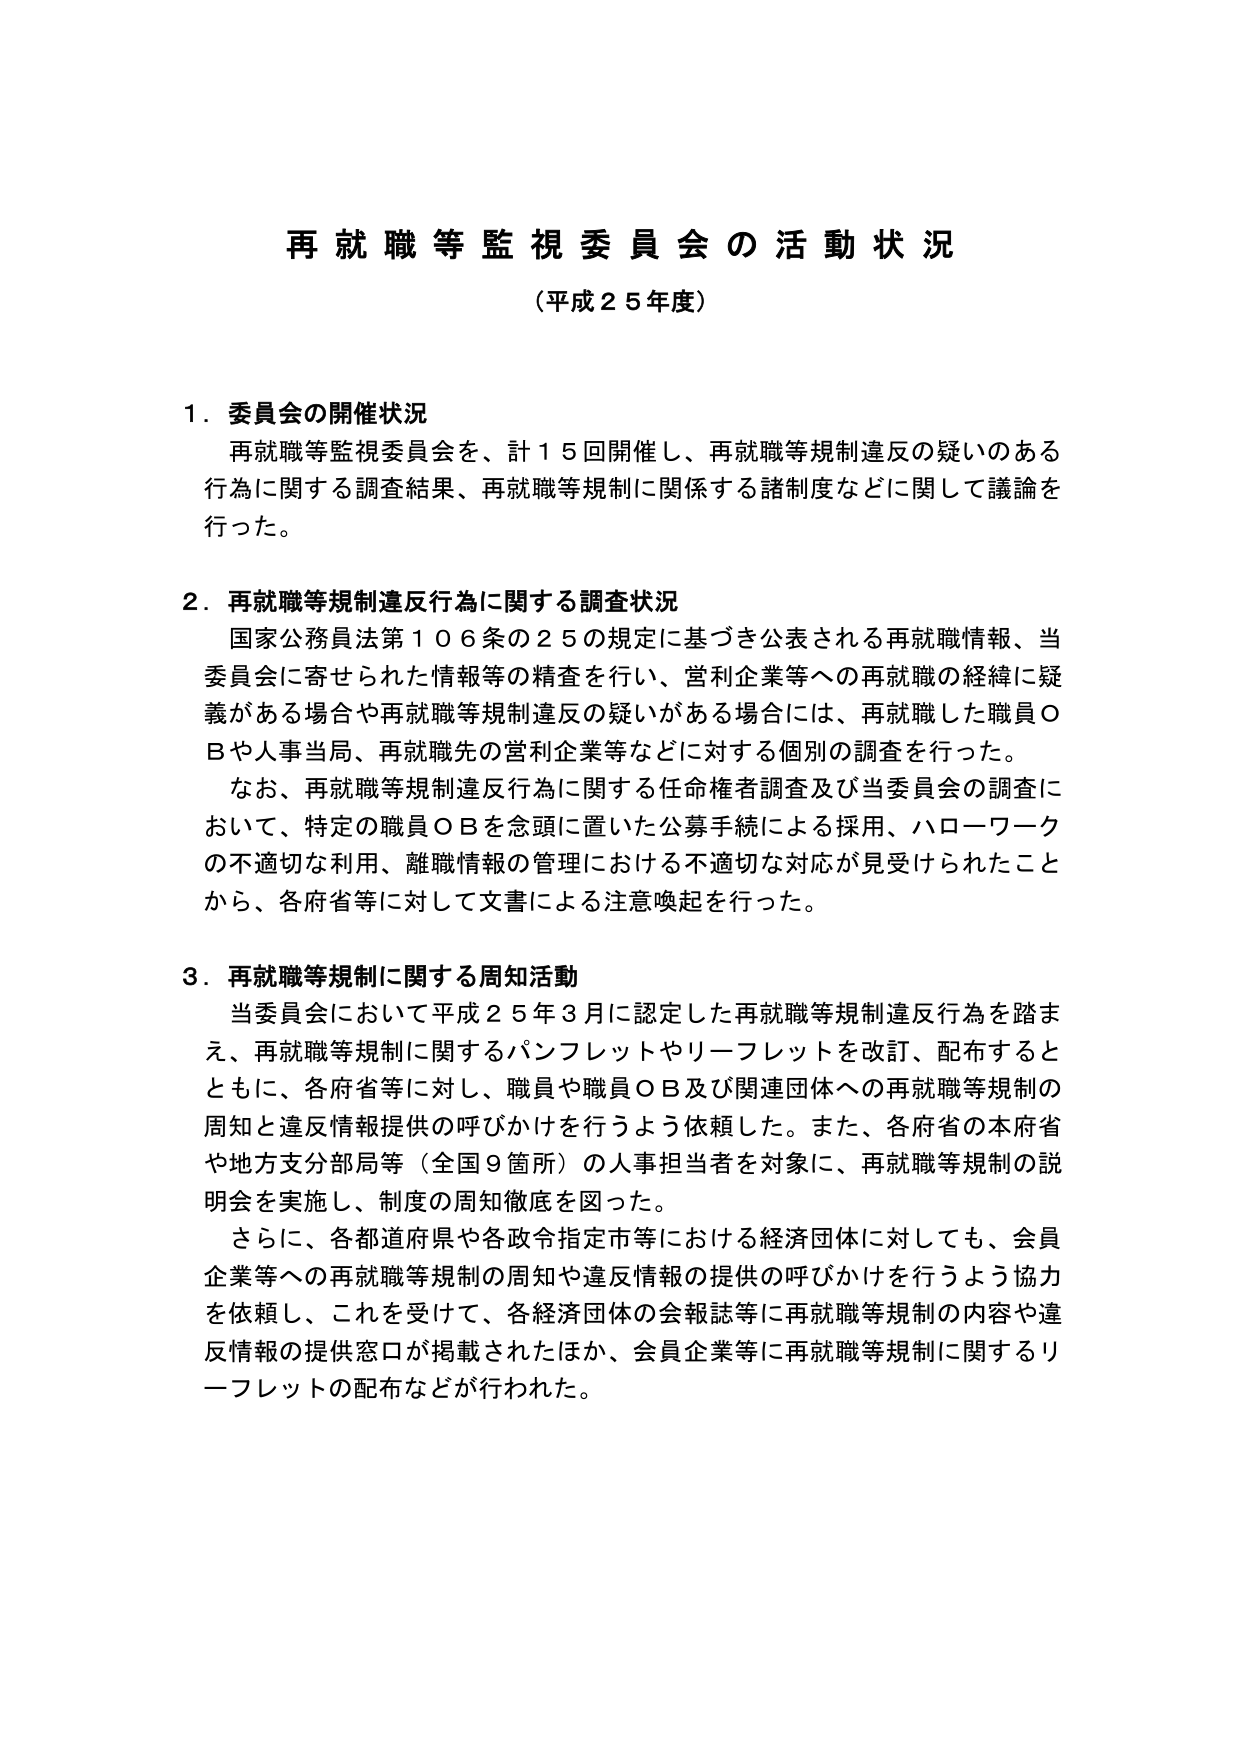
再就職等監視委員会の活動状況
（平成２５年度）

１．委員会の開催状況
　再就職等監視委員会を、計１５回開催し、再就職等規制違反の疑いのある行為に関する調査結果、再就職等規制に関係する諸制度などに関して議論を行った。

２．再就職等規制違反行為に関する調査状況
　国家公務員法第１０６条の２５の規定に基づき公表される再就職情報、当委員会に寄せられた情報等の精査を行い、営利企業等への再就職の経緯に疑義がある場合や再就職等規制違反の疑いがある場合には、再就職した職員ＯＢや人事当局、再就職先の営利企業等などに対する個別の調査を行った。
　なお、再就職等規制違反行為に関する任命権者調査及び当委員会の調査において、特定の職員ＯＢを念頭に置いた公募手続による採用、ハローワークの不適切な利用、離職情報の管理における不適切な対応が見受けられたことから、各府省等に対して文書による注意喚起を行った。

３．再就職等規制に関する周知活動
　当委員会において平成２５年３月に認定した再就職等規制違反行為を踏まえ、再就職等規制に関するパンフレットやリーフレットを改訂、配布するとともに、各府省等に対し、職員や職員ＯＢ及び関連団体への再就職等規制の周知と違反情報提供の呼びかけを行うよう依頼した。また、各府省の本府省や地方支分部局等（全国９箇所）の人事担当者を対象に、再就職等規制の説明会を実施し、制度の周知徹底を図った。
　さらに、各都道府県や各政令指定市等における経済団体に対しても、会員企業等への再就職等規制の周知や違反情報の提供の呼びかけを行うよう協力を依頼し、これを受けて、各経済団体の会報誌等に再就職等規制の内容や違反情報の提供窓口が掲載されたほか、会員企業等に再就職等規制に関するリーフレットの配布などが行われた。